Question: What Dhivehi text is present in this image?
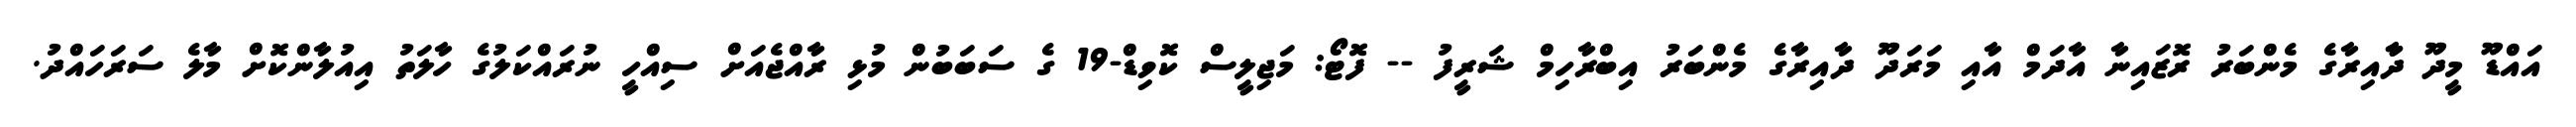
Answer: އައްޑޫ މީދޫ ދާާއިރާގެ މެންބަރު ރޮޒައިނާ އާދަމް އާއި މަރަދޫ ދާއިރާގެ މެންބަރު އިބްރާހިމް ޝަރީފު -- ފޮޓޯ: މަޖިލީސް ކޮވިޑް-19 ގެ ސަބަބުން މުޅި ރާއްޖެއަށް ސިއްހީ ނުރައްކަލުގެ ހާލަތު އިއުލާންކޮށް މާލެ ސަރަހައްދު.